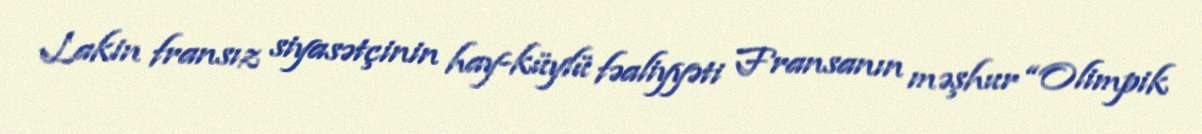
Lakin fransız siyasətçinin hay-küylü fəaliyyəti Fransanın məşhur “Olimpik